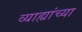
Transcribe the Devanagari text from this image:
व्याह्यांच्या